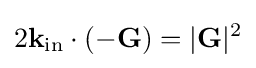
2{{\mathbf {k} }_{\text{in}}}\cdot (-\mathbf {G} )=|\mathbf {G} {{|}^{2}}